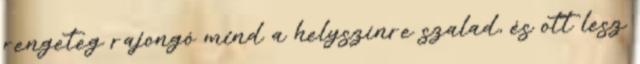
rengeteg rajongó mind a helyszínre szalad, és ott lesz